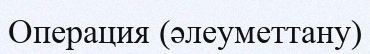
Операция (әлеуметтану)